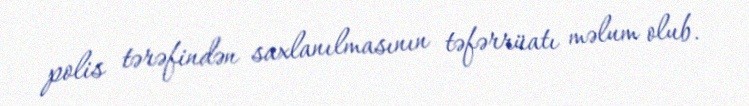
polis tərəfindən saxlanılmasının təfərrüatı məlum olub.